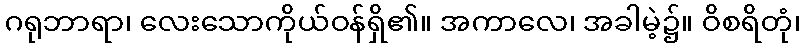
ဂရုဘာရာ၊ လေးသောကိုယ်ဝန်ရှိ၏။ အကာလေ၊ အခါမဲ့၌။ ဝိစရိတုံ၊